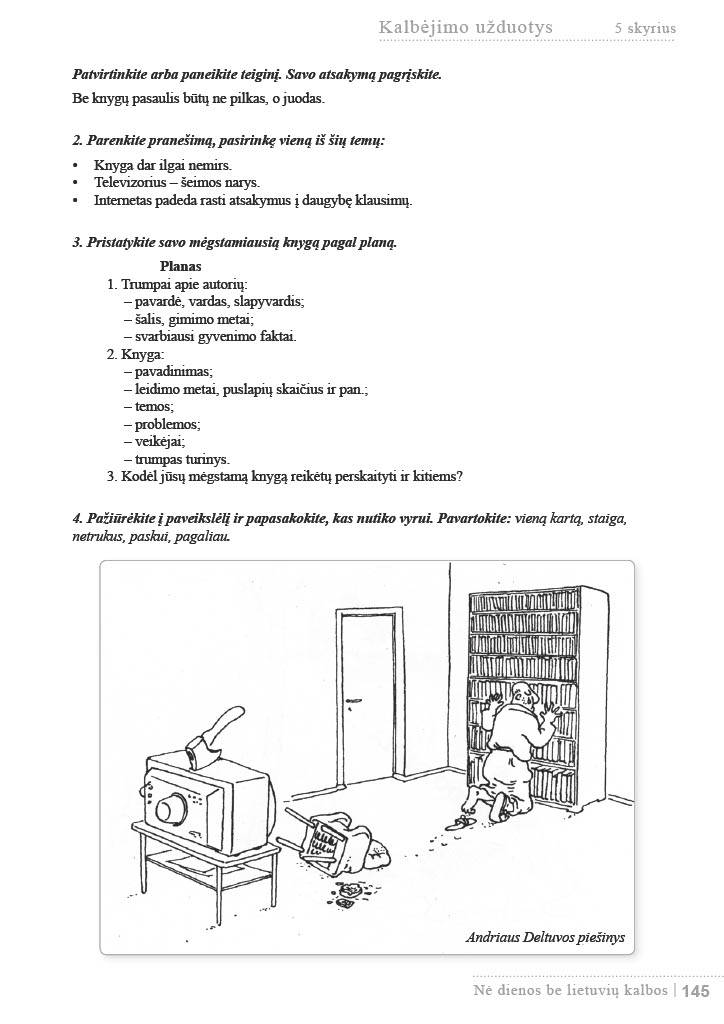
Language: lt